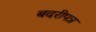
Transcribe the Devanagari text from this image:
बदरीपत्र